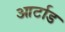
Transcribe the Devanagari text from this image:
आर्टाड